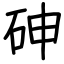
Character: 砷